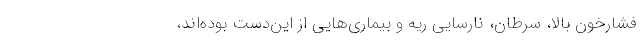
فشارخون بالا، سرطان، نارسایی ریه و بیماری‌هایی از این‌دست بوده‌اند،